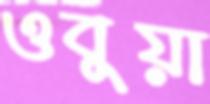
ওবুয়া